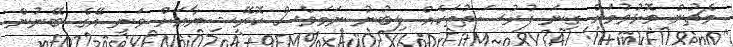
މެޗުން މޮޅުވުމަށް ގިނަ ފުރުސަތުތަކެއް ލިބުނު ނަމަވެސް ކޮރޭޝިޔާއަށް ވަނީ އޭގެ ބޭނުން